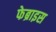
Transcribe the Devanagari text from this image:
फेब्राइस